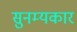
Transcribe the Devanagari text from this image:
सुनम्यकार